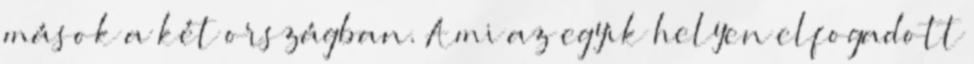
mások a két országban. Ami az egyik helyen elfogadott